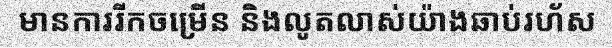
មានការរីកចម្រើន និងលូតលាស់យ៉ាងឆាប់រហ័ស